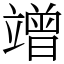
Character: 竲